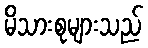
မိသားစုများသည်